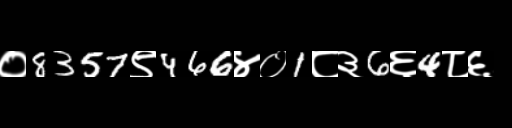
Text: ०8357९466४०1८३6६4८६